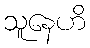
သူနေဟိ